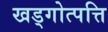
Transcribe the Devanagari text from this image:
खड्गोत्पत्ति